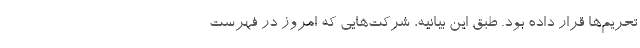
تحریم‌ها قرار داده بود. طبق این بیانیه، شرکت‌هایی که امروز در فهرست